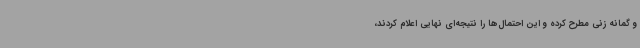
و گمانه زنی مطرح کرده و این احتمال‌ها را نتیجه‌ای نهایی اعلام کردند،